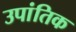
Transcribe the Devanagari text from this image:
उपांतिक